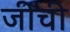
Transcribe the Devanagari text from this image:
जीची